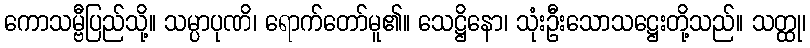
ကောသမ္ဗီပြည်သို့။ သမ္ပာပုဏိ၊ ရောက်တော်မူ၏။ သေဋ္ဌိနော၊ သုံးဦးသောသဋ္ဌေးတို့သည်။ သတ္ထု၊